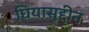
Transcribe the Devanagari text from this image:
घियासुद्दीन